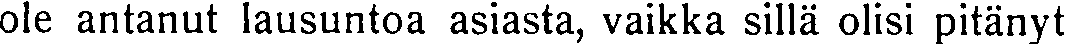
ole antanut lausuntoa asiasta, vaikka sillä olisi pitänyt